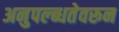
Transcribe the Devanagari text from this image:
अनुपल्ब्धतेवरून